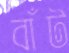
বাঁট